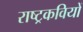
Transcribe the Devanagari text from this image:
राष्ट्रकवियों